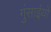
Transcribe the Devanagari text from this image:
गुंसाईयों